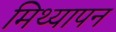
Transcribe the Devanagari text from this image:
मिथ्यापन